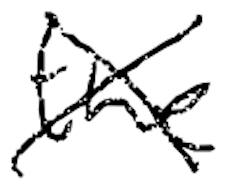
Text: the
Cross-out: cross
Writing tool: digital_black